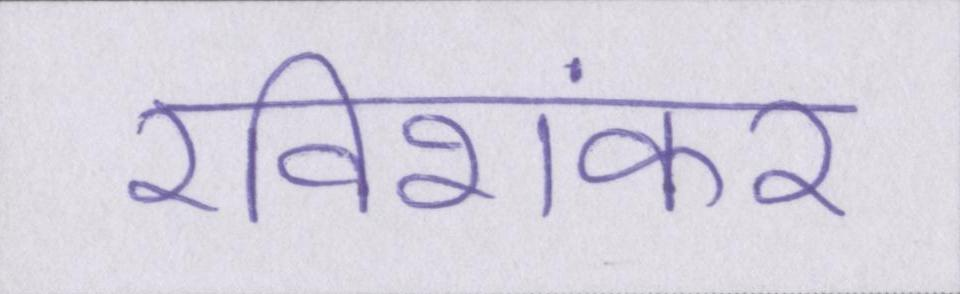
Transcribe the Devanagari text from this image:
रविशंकर